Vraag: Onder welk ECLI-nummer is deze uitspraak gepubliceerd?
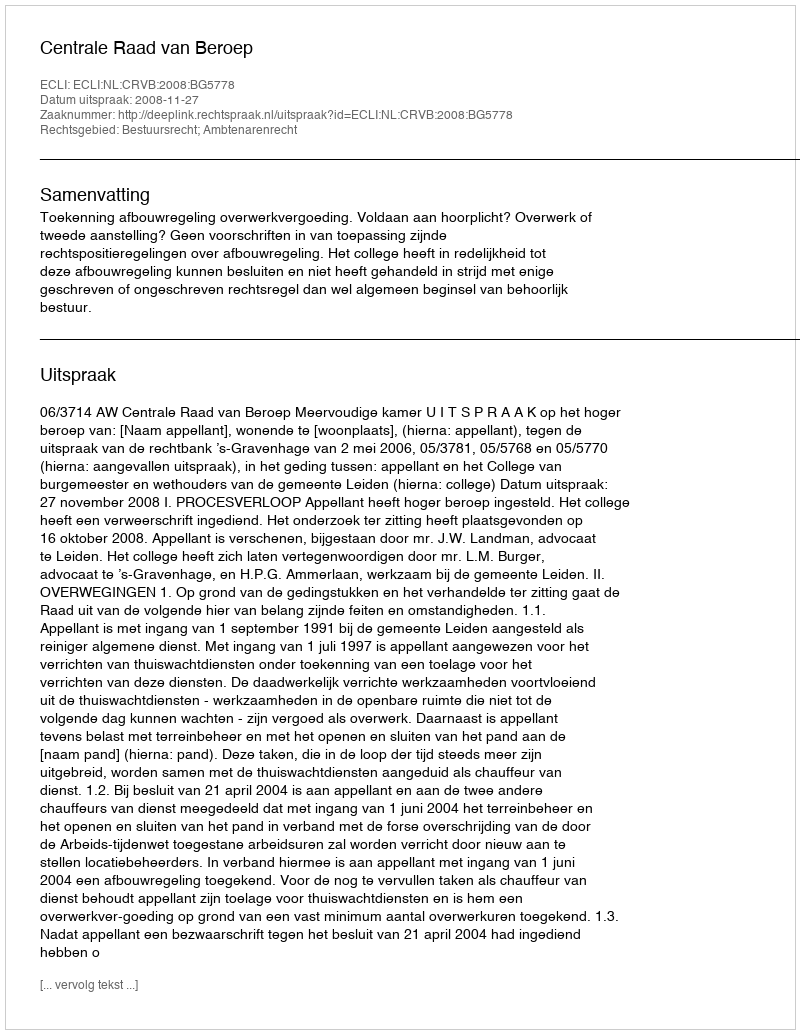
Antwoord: ECLI:NL:CRVB:2008:BG5778